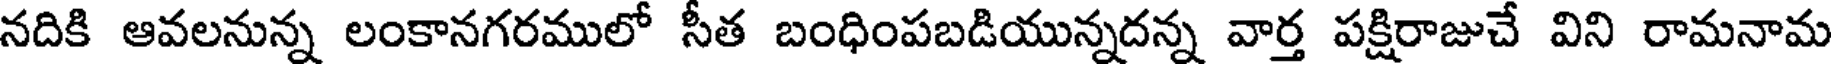
నదికి ఆవలనున్న లంకానగరములో సీత బంధింపబడియున్నదన్న వార్త పక్షిరాజుచే విని రామనామ